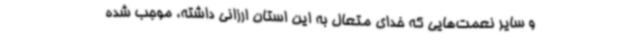
و سایر نعمت‌هایی که خدای متعال به این استان ارزانی داشته، موجب شده